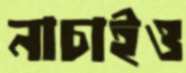
নাচাইও